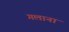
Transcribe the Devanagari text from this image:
गलाना